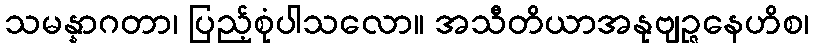
သမန္နာဂတာ၊ ပြည့်စုံပါသလော။ အသီတိယာအနုဗျဉ္ဇနေဟိစ၊